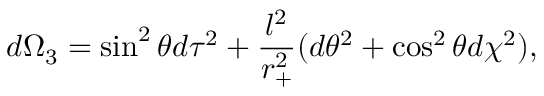
d \Omega _ { 3 } = \sin ^ { 2 } \theta d \tau ^ { 2 } + \frac { l ^ { 2 } } { r _ { + } ^ { 2 } } ( d \theta ^ { 2 } + \cos ^ { 2 } \theta d \chi ^ { 2 } ) ,